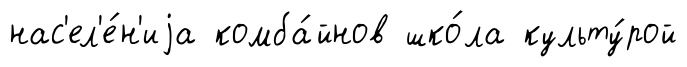
нас'ел'е́н'иjа комба́йнов шко́ла культу́рой